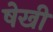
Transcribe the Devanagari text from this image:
षेखी